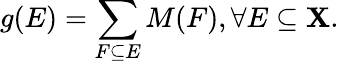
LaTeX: g(E)=\sum_{F\subseteq E}M(F),\forall E\subseteq\mathbf{X}.